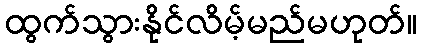
ထွက်သွားနိုင်လိမ့်မည်မဟုတ်။